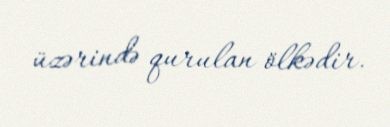
üzərində qurulan ölkədir.